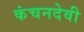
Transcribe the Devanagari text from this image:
कंचनदेवी